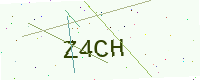
Text: Z4CH